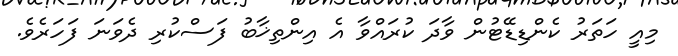
މިއީ ހަތަރު ކެންޑިޑޭޓުން ވާދަ ކުރައްވާ އެ އިންތިޚާބު ފަސްކުރި ދެވަނަ ފަހަރެވެ.